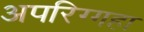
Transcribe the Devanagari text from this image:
अपरिग्गहा